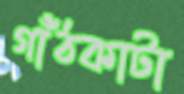
গাঁঠকাটা